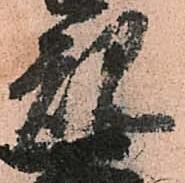
規